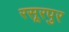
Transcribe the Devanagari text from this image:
रसूरपुर